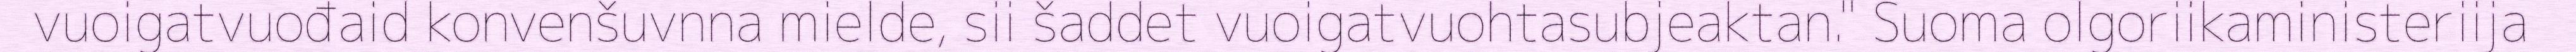
vuoigatvuođaid konvenšuvnna mielde, sii šaddet vuoigatvuohtasubjeaktan." Suoma olgoriikaministeriija